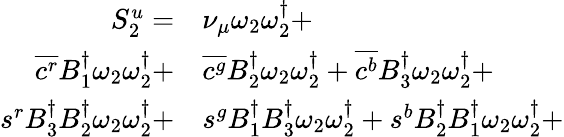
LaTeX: \begin{array}{rl}{S_{2}^{u}=}&{{}{\nu_{\mu}}\omega_{2}\omega_{2}^{\dagger}+}\\ {\overline{{c^{r}}}{B_{1}^{\dagger}}\omega_{2}\omega_{2}^{\dagger}+}&{{}\overline{{c^{g}}}{B_{2}^{\dagger}}\omega_{2}\omega_{2}^{\dagger}+\overline{{c^{b}}}{B_{3}^{\dagger}}\omega_{2}\omega_{2}^{\dagger}+}\\ {s^{r}{B_{3}^{\dagger}}{B_{2}^{\dagger}}\omega_{2}\omega_{2}^{\dagger}+}&{{}s^{g}{B_{1}^{\dagger}}{B_{3}^{\dagger}}\omega_{2}\omega_{2}^{\dagger}+s^{b}{B_{2}^{\dagger}}{B_{1}^{\dagger}}\omega_{2}\omega_{2}^{\dagger}+}\end{array}